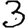
Digit: 3